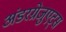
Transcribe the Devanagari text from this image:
अंडरग्रेजुएट्स